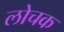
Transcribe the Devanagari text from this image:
लोचक